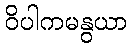
ဝိပါကမနွယာ